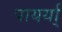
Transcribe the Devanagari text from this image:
पायर्या्